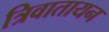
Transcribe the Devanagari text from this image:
त्रिवातायन